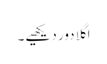
اگلا دور دیکھیے۔